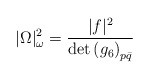
\begin{align*} |\Omega|_\omega^2 = \frac{|f|^2}{\det {(g_6)}_{p \bar{q}}}\end{align*}